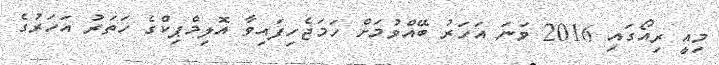
މިއީ ރިއޯގައި 2016 ވަނަ އަހަރު ބޭއްވުމަށް ހަމަޖެހިފައިވާ އޮލިމްޕިކްގެ ހަތަރު އަހަރުގެ